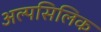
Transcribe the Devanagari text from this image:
अल्पसिलिक